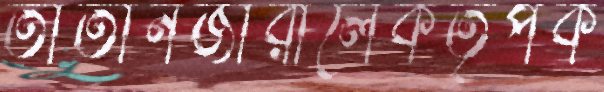
তাতানজারালেকর্তৃপক